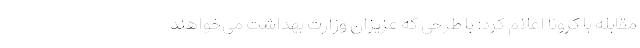
مقابله با کرونا اعلام کرد: با طرحی که عزیزان وزارت بهداشت می‌خواهند